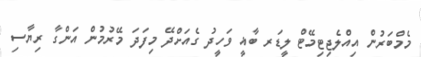
މެމްބަރުން އިއްލެޖިޓިމޭޓް ލީޑަރ ބާޣީ ވަހީދު ގެއަށްދޭ މިފަދަ މޭރުމުން އަންގާ ރިޔާސި